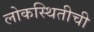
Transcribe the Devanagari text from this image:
लोकस्थितीची